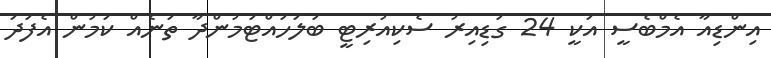
އިންޑިއާ އެމްބެސީ އަކީ 24 ގަޑިއިރު ސެކިއުރިޓީ ބަލަހައްޓަމުންދާ ތަނެއް ކަމުން އެފަދަ